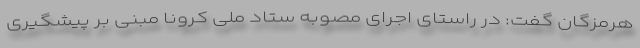
هرمزگان گفت: در راستای اجرای مصوبه ستاد ملی کرونا مبنی بر پیشگیری